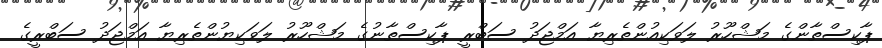
ޕާކިސްތާންގެ މަޝްހޫރު ލަވަކިއުންތެރިޔާ އަމްޖަދު ސަބްރީ ޕާކިސްތާނުގެ މަޝްހޫރު ލަވަކިޔުންތެރިޔާ އަމްޖަދު ސަބްރީގެ